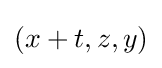
(x+t,z,y)